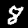
Digit: 8